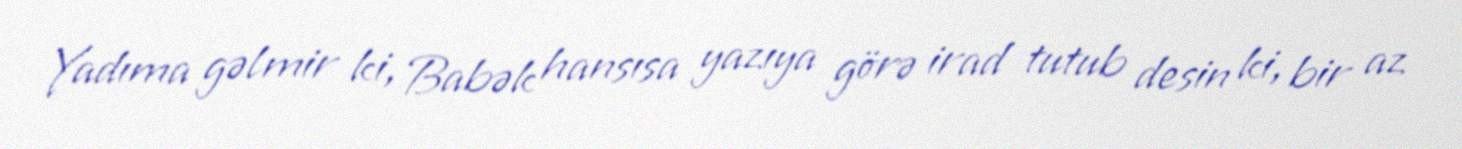
Yadıma gəlmir ki, Babək hansısa yazıya görə irad tutub desin ki, bir az